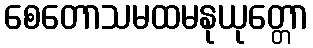
စေတောသမထမနုယုတ္တော